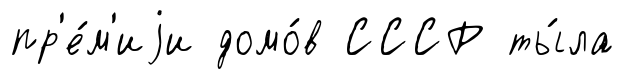
пр'е́м'иjи домо́в СССР ты́ла